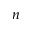
n